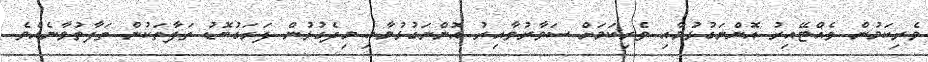
ވެރިކަމުން ވެއްޓޭއިރު އޮންނަގުޅުމާއި ވެރިކަމަށް ސަވާރުވާއިރު އޮންނަގުޅުމާއި މިދެގުޅުން ފަރަގުބޮޑު ތަފާތަކުން ތަފާތުވާނެއެވެ.